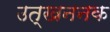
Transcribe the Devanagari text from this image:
उत्खननक